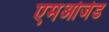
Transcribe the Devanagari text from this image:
एमओजेड